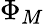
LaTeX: \Phi_{M}